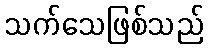
သက်သေဖြစ်သည်